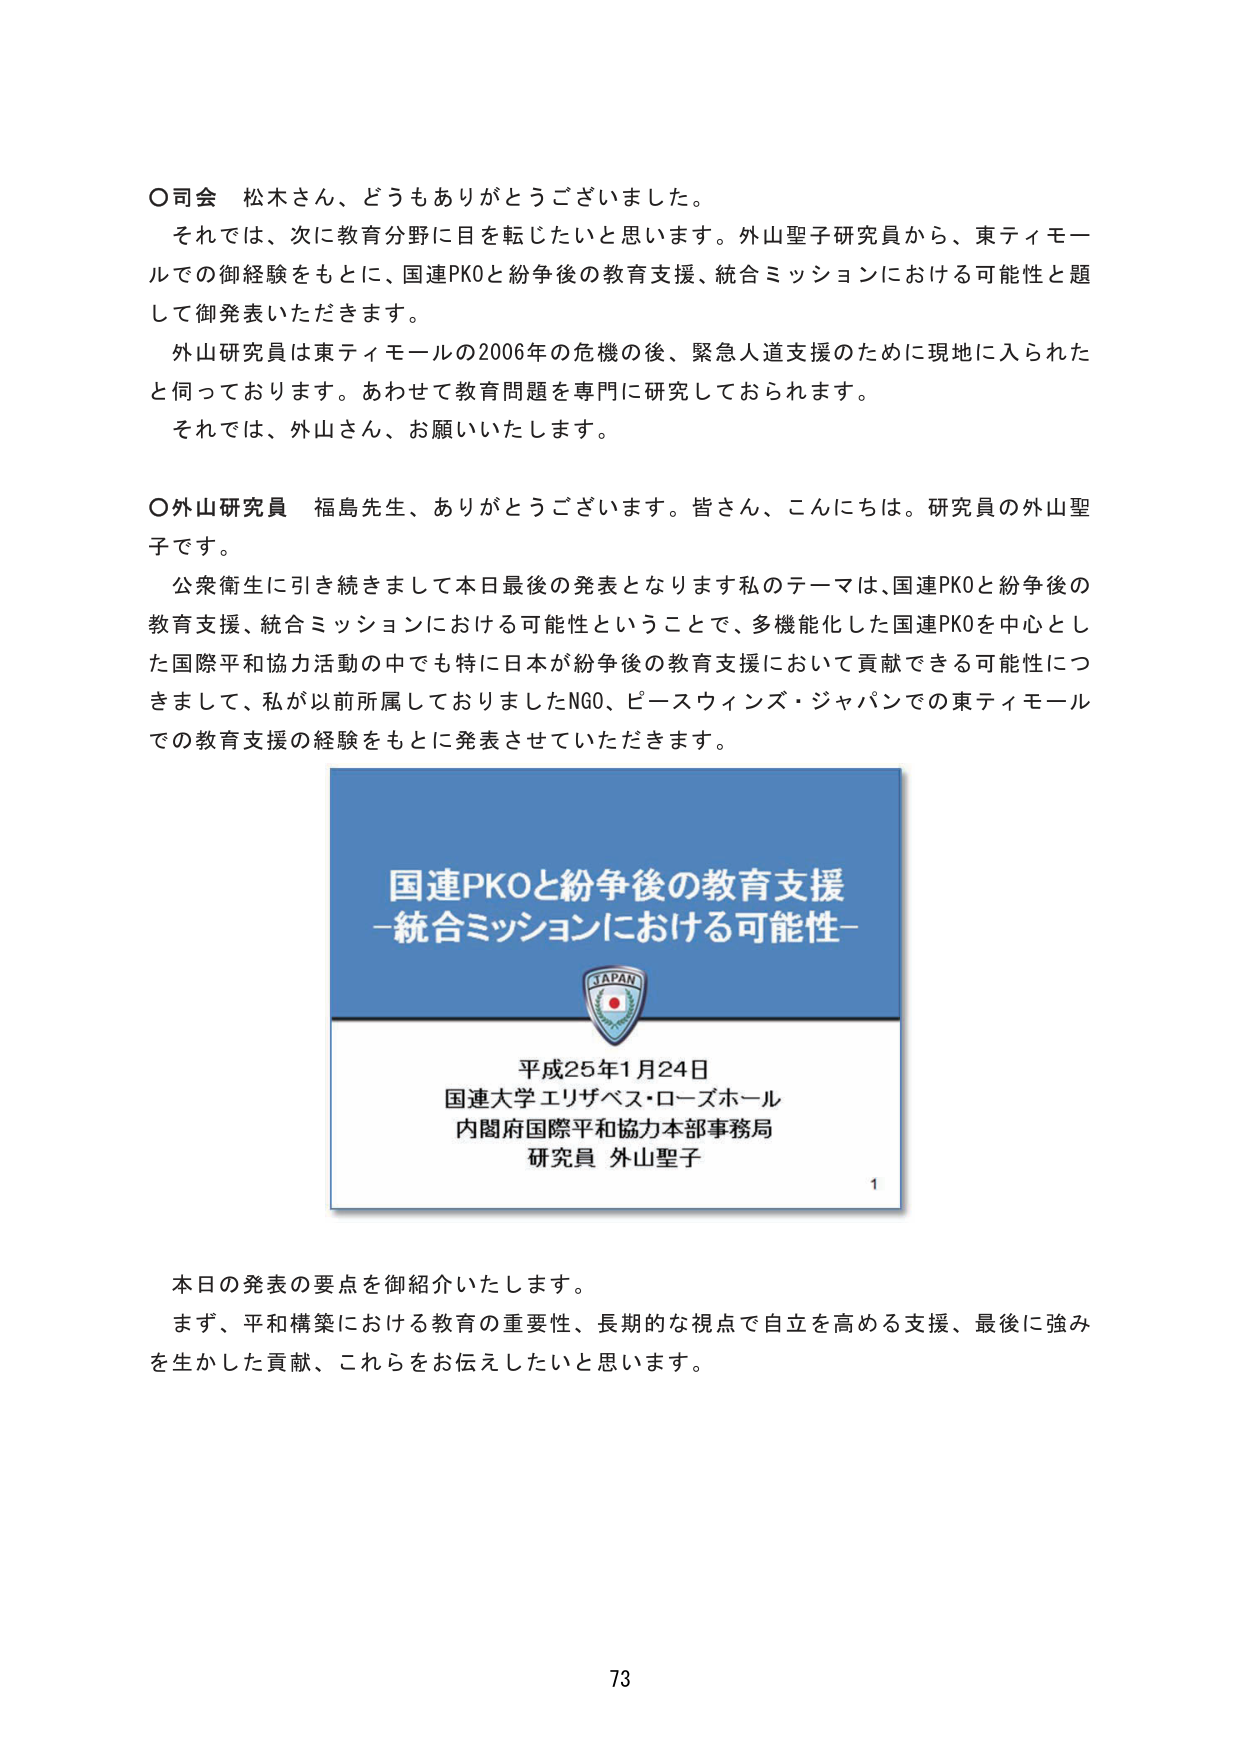
〇司会 松木さん、どうもありがとうございました。
それでは、次に教育分野に目を転じたいと思います。外山聖子研究員から、東ティモールでの御経験をもとに、国連PKOと紛争後の教育支援、統合ミッションにおける可能性と題して御発表いただきます。
外山研究員は東ティモールの2006年の危機の後、緊急人道支援のために現地に入られたと伺っております。あわせて教育問題を専門に研究しておられます。
それでは、外山さん、お願いいたします。

〇外山研究員 福島先生、ありがとうございます。皆さん、こんにちは。研究員の外山聖子です。
公衆衛生に引き続きまして本日最後の発表となります私のテーマは、国連PKOと紛争後の教育支援、統合ミッションにおける可能性ということで、多機能化した国連PKOを中心とした国際平和協力活動の中でも特に日本が紛争後の教育支援において貢献できる可能性につきまして、私が以前所属しておりましたNGO、ピースウィンズ・ジャパンでの東ティモールでの教育支援の経験をもとに発表させていただきます。

国連PKOと紛争後の教育支援
－統合ミッションにおける可能性－

JAPAN

平成25年1月24日
国連大学 エリザベス・ローズホール
内閣府国際平和協力本部事務局
研究員 外山聖子

1

本日の発表の要点を御紹介いたします。
まず、和平構築における教育の重要性、長期的な視点で自立を高める支援、最後に強みを生かした貢献、これらをお伝えしたいと思います。

73